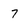
Character: 7